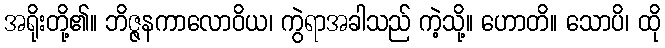
အရိုးတို့၏။ ဘိဇ္ဇနကာလောဝိယ၊ ကွဲရာအခါသည် ကဲ့သို့။ ဟောတိ။ သောပိ၊ ထို